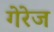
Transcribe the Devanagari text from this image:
गेरेज